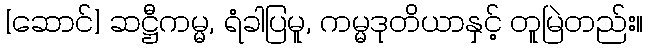
[ဆောင်] ဆဋ္ဌီကမ္မ, ရံခါပြမူ, ကမ္မဒုတိယာနှင့် တူမြဲတည်း။